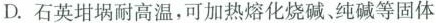
D.石英坩埚耐高温，可加热熔化烧碱、纯碱等固体